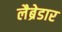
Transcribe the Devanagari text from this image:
लैब्रेडार